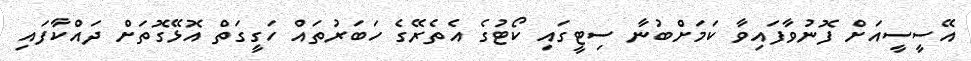
އޭސީސީއަށް ފޮނުވާފައިވާ ކަމަށްބުނާ ސިޓީގައި ކޯޓުގެ އެތެރޭގެ ހަބަރުތައް ހަގީގަތް އޮޅޭގޮތަށް ދައްކާފައި